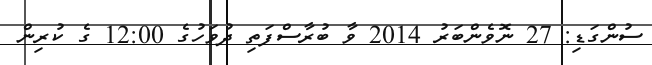
ސުންގަޑި: 27 ނޮވެންބަރު 2014 ވާ ބުރާސްފަތި ދުވަހުގެ 12:00 ގެ ކުރިން